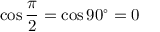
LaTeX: \cos { \frac { \pi } { 2 } } = \cos 9 0 ^ { \circ } = 0